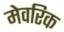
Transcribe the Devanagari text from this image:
मेवरिक